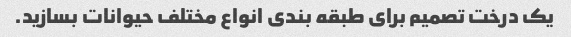
یک درخت تصمیم برای طبقه بندی انواع مختلف حیوانات بسازید.